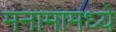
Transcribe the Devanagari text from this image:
मनामामध्ये